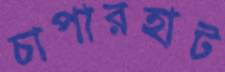
চাপারহাট